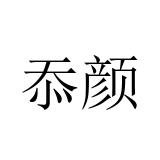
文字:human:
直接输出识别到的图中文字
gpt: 忝颜